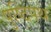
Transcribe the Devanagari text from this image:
पुष्टिपथ